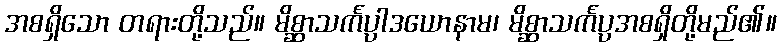
အစရှိသော တရားတို့သည်။ မိစ္ဆာသင်္ကပ္ပါဒယောနာမ၊ မိစ္ဆာသင်္ကပ္ပအစရှိတို့မည်၏။